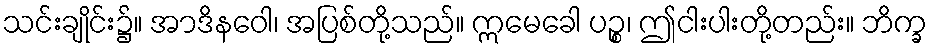
သင်းချိုင်း၌။ အာဒိနဝေါ၊ အပြစ်တို့သည်။ ဣမေခေါ ပဉ္စ၊ ဤငါးပါးတို့တည်း။ ဘိက္ခ